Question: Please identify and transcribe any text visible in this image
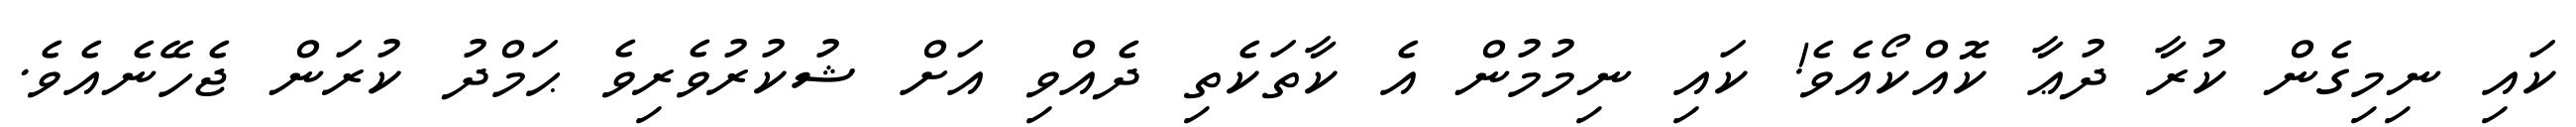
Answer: ކައި ނިމިގެން ކުރާ ދުޢާ ކޮއްކޯއެވެ! ކައި ނިމުމުން އެ ކާތަކެތި ދެއްވި އަށް ޝުކުރުވެރިވެ ޙަމްދު ކުރަން ޖެހޭނެއެވެ.